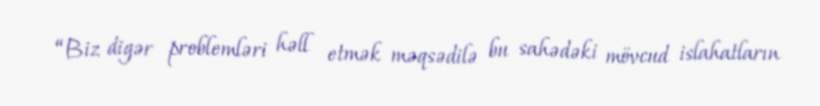
“Biz digər problemləri həll etmək məqsədilə bu sahədəki mövcud islahatların